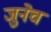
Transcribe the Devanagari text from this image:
जुनेच